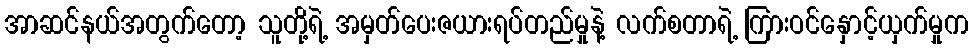
အာဆင်နယ်အတွက်တော့ သူတို့ရဲ့ အမှတ်ပေးဇယားရပ်တည်မှုနဲ့ လက်စတာရဲ့ ကြားဝင်နှောင့်ယှက်မှုက